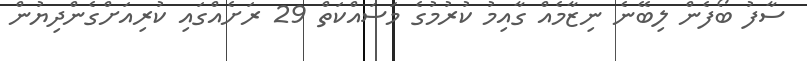
ސާފު ބޯފެން ލިބޭނެ ނިޒާމެއް ގާއިމު ކުރުމުގެ މަސައްކަތް 29 ރަށެއްގައި ކުރިއަށްގެންދިޔުން